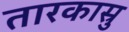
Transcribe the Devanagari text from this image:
तारकास्रु